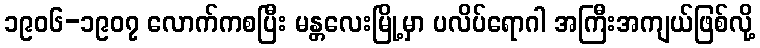
၁၉၀၆-၁၉၀၇ လောက်ကစပြီး မန္တလေးမြို့မှာ ပလိပ်ရောဂါ အကြီးအကျယ်ဖြစ်လို့